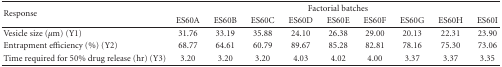
<table><thead><tr><td rowspan="2"><b>Response</b></td><td colspan="9"><b>Factorial batches</b></td></tr><tr><td><b>ES60A</b></td><td><b>ES60B</b></td><td><b>ES60C</b></td><td><b>ES60D</b></td><td><b>ES60E</b></td><td><b>ES60F</b></td><td><b>ES60G</b></td><td><b>ES60H</b></td><td><b>ES60I</b></td></tr></thead><tbody><tr><td>Vesicle size (<i>μ</i>m) (Y1)</td><td>31.76</td><td>33.19</td><td>35.88</td><td>24.10</td><td>26.38</td><td>29.00</td><td>20.13</td><td>22.31</td><td>23.90</td></tr><tr><td>Entrapment efficiency (%) (Y2)</td><td>68.77</td><td>64.61</td><td>60.79</td><td>89.67</td><td>85.28</td><td>82.81</td><td>78.16</td><td>75.30</td><td>73.06</td></tr><tr><td>Time required for 50% drug release (hr) (Y3)</td><td>3.20</td><td>3.20</td><td>3.20</td><td>4.03</td><td>4.02</td><td>4.00</td><td>3.37</td><td>3.37</td><td>3.35</td></tr></tbody></table>